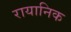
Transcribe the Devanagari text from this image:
रायानिक